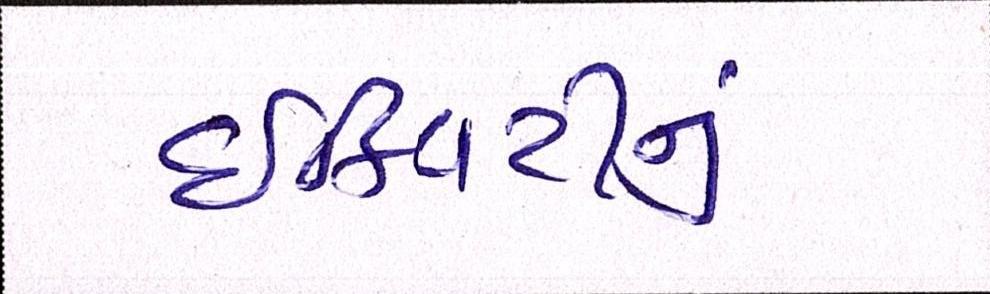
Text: ઈક્વિટીનું